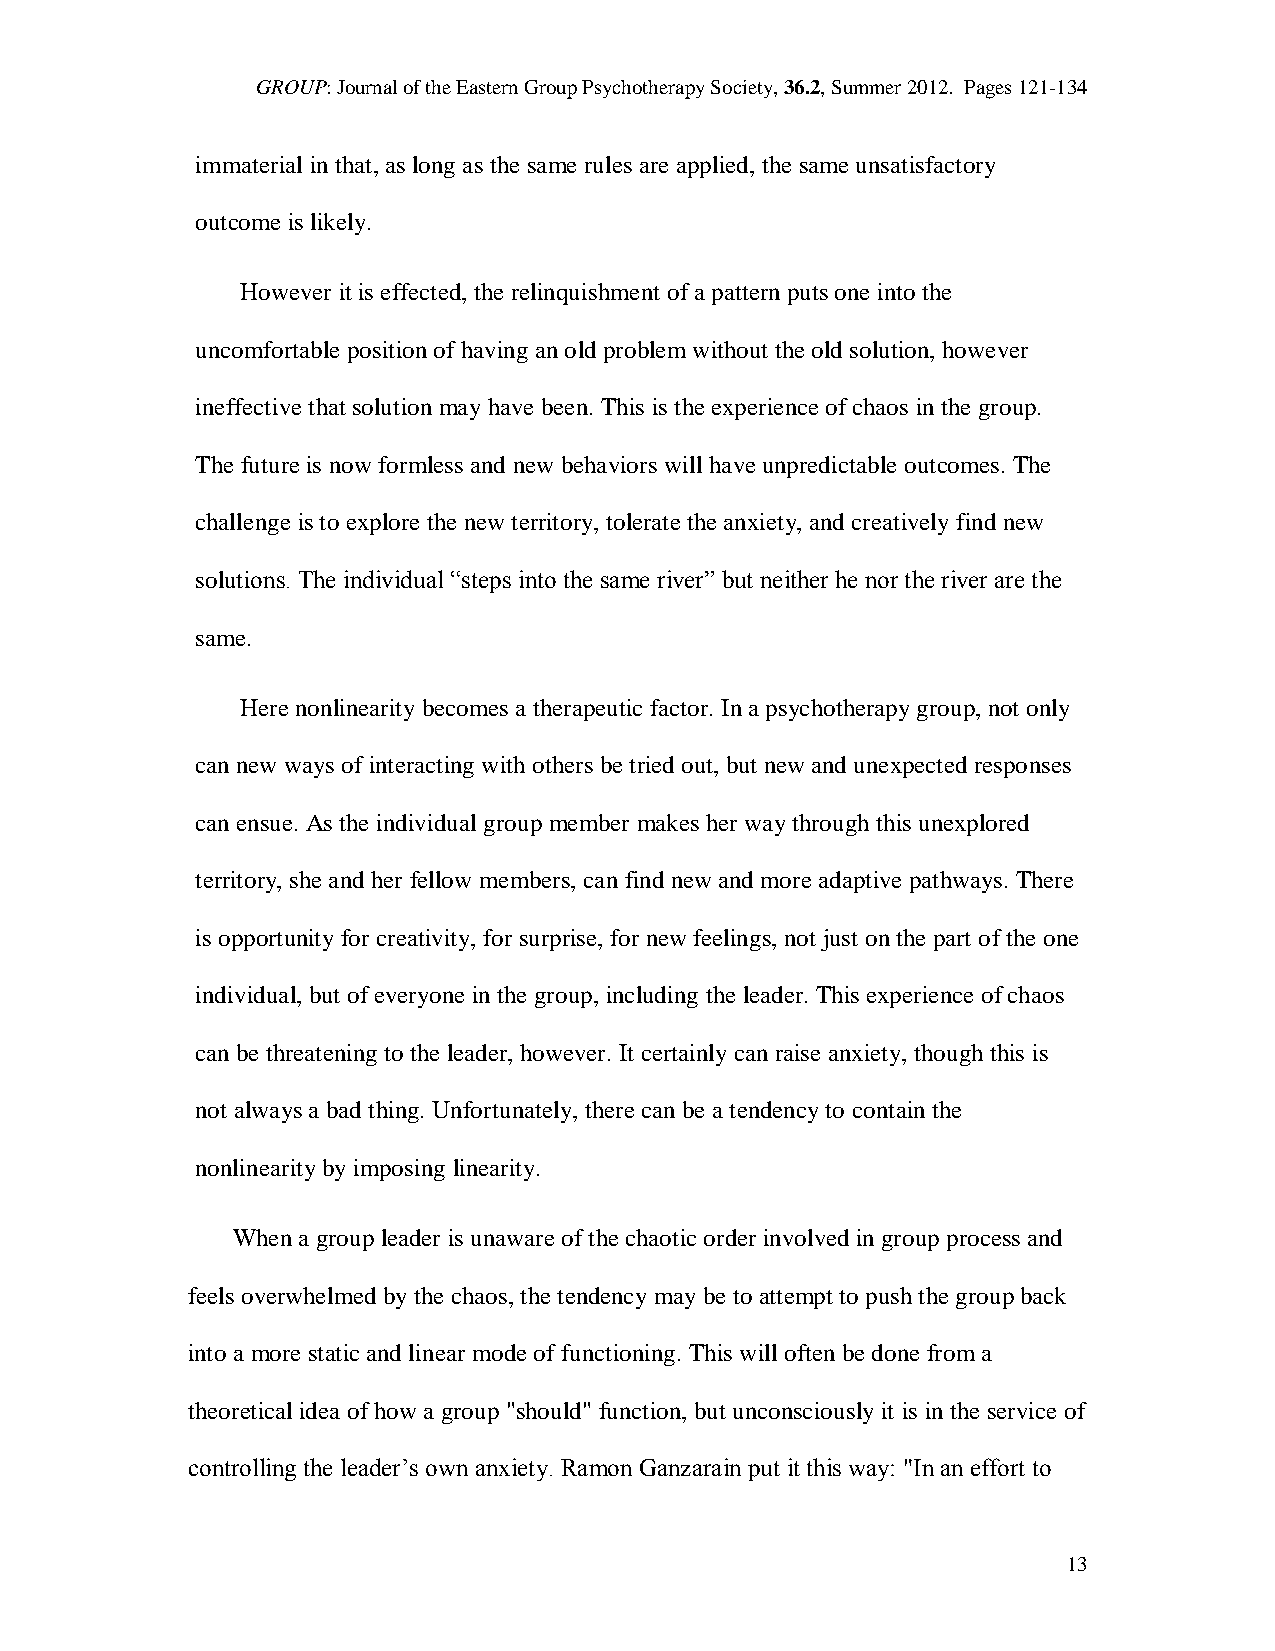
GROUP: Journal of the Eastern Group Psychotherapy Society, 36.2, Summer 2012. Pages 121-134
 immaterial in that, as long as the same rules are applied, the same unsatisfactory
 outcome is likely.
 However it is effected, the relinquishment of a pattern puts one into the
 uncomfortable position of having an old problem without the old solution, however
 ineffective that solution may have been. This is the experience of chaos in the group.
 The future is now formless and new behaviors will have unpredictable outcomes. The
 challenge is to explore the new territory, tolerate the anxiety, and creatively find new
 solutions. The individual “steps into the same river” but neither he nor the river are the
 same.
 Here nonlinearity becomes a therapeutic factor. In a psychotherapy group, not only
 can new ways of interacting with others be tried out, but new and unexpected responses
 can ensue. As the individual group member makes her way through this unexplored
 territory, she and her fellow members, can find new and more adaptive pathways. There
 is opportunity for creativity, for surprise, for new feelings, not just on the part of the one
 individual, but of everyone in the group, including the leader. This experience of chaos
 can be threatening to the leader, however. It certainly can raise anxiety, though this is
 not always a bad thing. Unfortunately, there can be a tendency to contain the
 nonlinearity by imposing linearity.
 When a group leader is unaware of the chaotic order involved in group process and
 feels overwhelmed by the chaos, the tendency may be to attempt to push the group back
 into a more static and linear mode of functioning. This will often be done from a
 theoretical idea of how a group "should" function, but unconsciously it is in the service of
 controlling the leader’s own anxiety. Ramon Ganzarain put it this way: "In an effort to
 13